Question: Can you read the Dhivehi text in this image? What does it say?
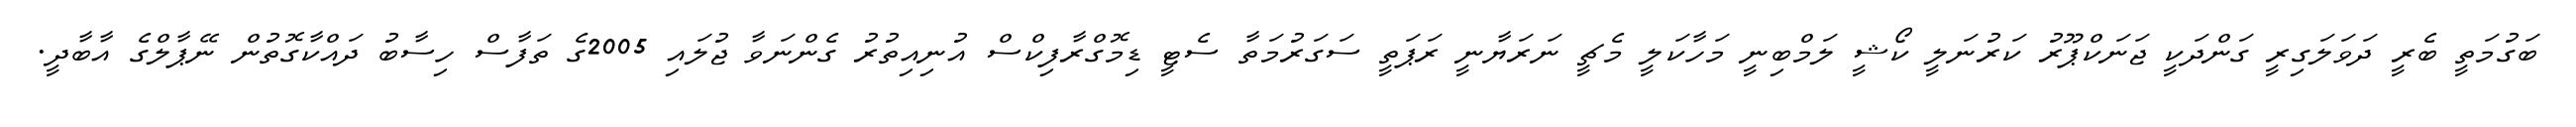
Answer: ބަގުމަތީ ބެރީ ދަވަލަގިރީ ގަންދަކީ ޖަނަކްޕޫރު ކަރުނަލީ ކޯޝީ ލަމްބިނީ މަހާކަލީ މެޗީ ނަރަޔާނީ ރަޕަތީ ސަގަރުމަތާ ސެޓީ ޑިމޮގްރާފިކްސް އުނިއިތުރު ގެންނަވާ ޖުލައި 2005ގެ ތަފާސް ހިސާބު ދައްކާގޮތުން ނޭޕާލްގެ އާބާދީ.